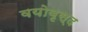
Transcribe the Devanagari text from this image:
वयोवृस्द